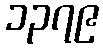
၁၃၇၉